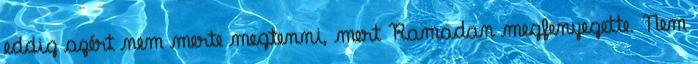
eddig azért nem merte megtenni, mert Ramadan megfenyegette. Nem